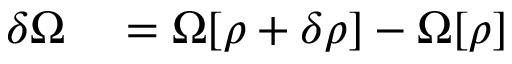
\begin{array} { r l } { \delta \Omega } & { { } = \Omega [ \rho + \delta \rho ] - \Omega [ \rho ] } \end{array}